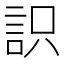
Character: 䛊